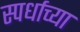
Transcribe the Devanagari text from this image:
स्पर्धाच्या